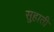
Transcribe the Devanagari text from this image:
सुहाती